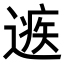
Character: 𨕾